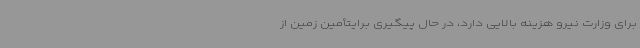
برای وزارت نیرو هزینه بالایی دارد، در حال پیگیری برایتأمین زمین از